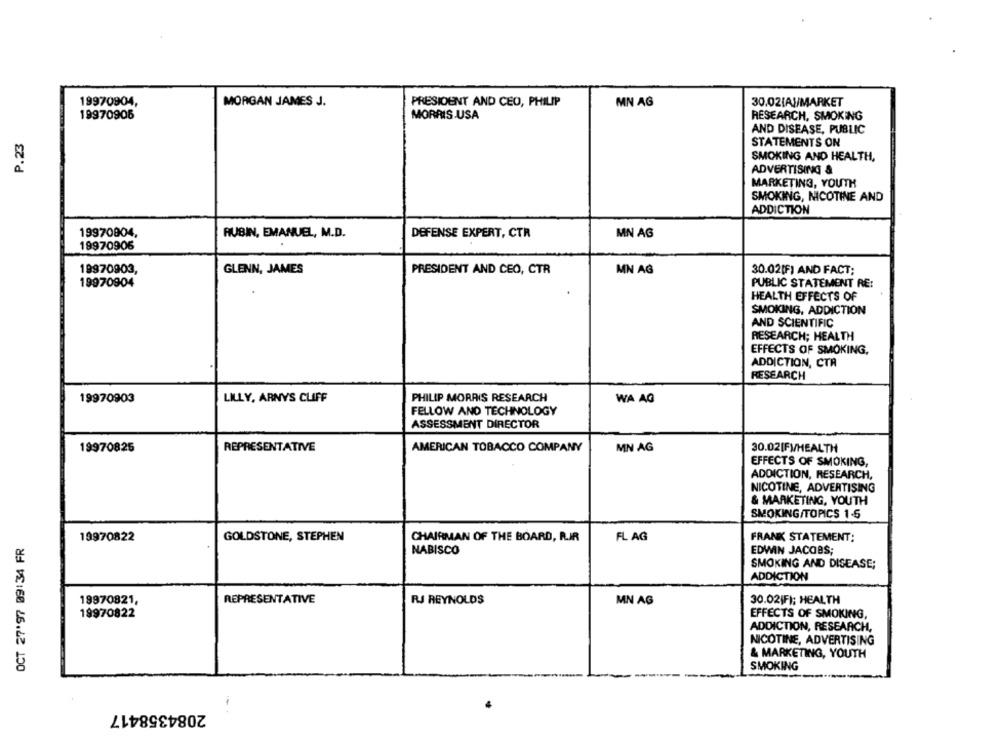
19970904,
MORGAN JAMES J.
PRESIDENT AND CEO, PHILIP
MN AG
30.02[A]/MARKET
19970905
MORRIS USA
RESEARCH, SMOKING
P.23
AND DISEASE, PUBLIC
STATEMENTS ON
SMOKING AND HEALTH,
ADVERTISING &
MARKETING, YOUTH
SMOKING, NICOTINE AND
ADDICTION
19970904,
RUBIN, EMANUEL, M.D.
DEFENSE EXPERT, CTR
MN AG
19970906
19970903,
GLENN, JAMES
PRESIDENT AND CEO, CTR
MN AG
30.02[F) AND FACT;
19970904
PUBLIC STATEMENT RE:
HEALTH EFFECTS OF
SMOKING, ADDICTION
AND SCIENTIFIC
RESEARCH; HEALTH
EFFECTS OF SMOKING,
ADDICTION, CTR
RESEARCH
19970903
LILLY, ARNYS CLIFF
PHILIP MORRIS RESEARCH
WA AG
FELLOW AND TECHNOLOGY
ASSESSMENT DIRECTOR
19970825
REPRESENTATIVE
AMERICAN TOBACCO COMPANY
MN AG
30.02[F)/HEALTH
EFFECTS OF SMOKING,
ADDICTION, RESEARCH,
NICOTINE, ADVERTISING
& MARKETING, YOUTH
SMOKING/TOPICS 1-6
OCT 27'97 09:34 FR
19970822
GOLDSTONE, STEPHEN
CHAIRMAN OF THE BOARD, RIR
FL AG
FRANK STATEMENT:
NABISCO
EDWIN JACOBS;
SMOKING AND DISEASE;
ADDICTION
REPRESENTATIVE
RJ REYNOLDS
MN AG
30.02|F); HEALTH
19970821,
19970822
EFFECTS OF SMOKING,
ADDICTION, RESEARCH,
NICOTINE, ADVERTISING
& MARKETING, YOUTH
SMOKING
2084358417